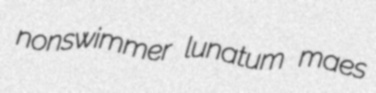
nonswimmer lunatum maes